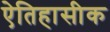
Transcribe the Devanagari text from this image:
एेतिहासीक